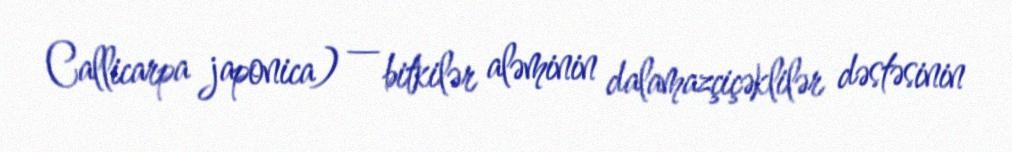
Callicarpa japonica) — bitkilər aləminin dalamazçiçəklilər dəstəsinin